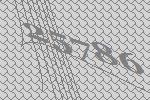
25786